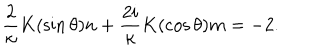
LaTeX: \frac { 2 } { \kappa } K ( \sin \theta ) n + \frac { 2 i } { \kappa } K ( \cos \theta ) m = - 2 .